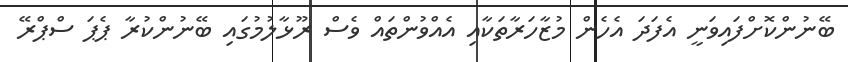
ބޭނުންކޮށްފައިވަނީ އެފަދަ އެހެން މުޒާހަރާތަކާއި އެއްވުންތައް ވެސް ރޫޅާލުމުގައި ބޭނުންކުރާ ޕެޕަ ސްޕްރޭ